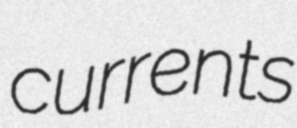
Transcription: currents